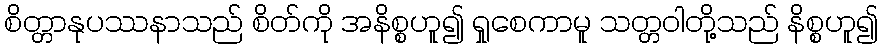
စိတ္တာနုပဿနာသည် စိတ်ကို အနိစ္စဟူ၍ ရှုစေကာမူ သတ္တဝါတို့သည် နိစ္စဟူ၍